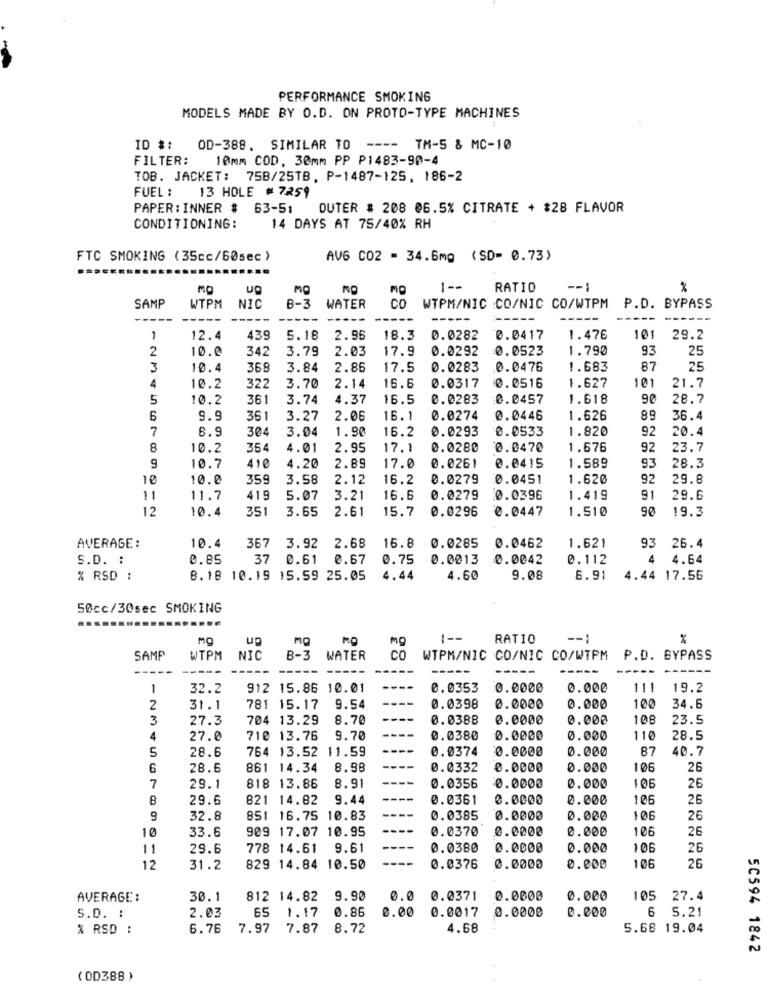
PERFORMANCE SMOKING
MODELS MADE BY O.D. ON PROTO-TYPE MACHINES
ID #: OD-388. SIMILAR TO
----
TM-5 & MC-10
FILTER:
10mm COD, 30mm PP P1483-90-4
TOB. JACKET: 75B/25TB, P-1487-125, 186-2
FUEL :
13 HOLE # 7259
PAPER: INNER # 63-51
OUTER # 208 @6.5% CITRATE + $28 FLAVOR
CONDITIONING:
14 DAYS AT 75/40% RH
FTC SMOKING (35cc/60sec )
AVG C02 - 34.6mg (SD= 0.73)
MO
ug
mg
1 --
RATIO
--:
%
SAMP
WTPM
NIC
B-3
WATER
co
WTPM/NIC CO/NIC CO/WTPM
P.D. BYPASS
----
-----
1
12.4
439
5.18
2.95
18.3
0.0282
0.0417
1.476
101
29.2
2
10.0
342
3.79
2.03
17.9
0.0292
0.0523
1.790
93
25
3
10.4
369
3.84
2.86
17.5
0.0283
0.0476
1.683
87
25
322
3.70
2.14
16.6
0.0516
101
4
10.2
0.0317
1.627
21.7
5
10.2
361
3.74
4.37
16.5
0.0283
0.0457
1.618
90
28.7
6
9.9
36
3.27
2.06
16.1
0.0274
0.0446
1.626
89
36.4
7
6.9
304
3.04
1.90
16.2
0.0293
0.0533
1.820
92
20.4
8
10.2
354
4.01
2.95
17.1
0.0280
0.0470
1.676
92
23.7
0.0415
1.589
9
10.7
410
4.20
2.89
17.0
0.0261
93
28.3
10
10.0
359
3.58
2.12
16.2
0.0279
0.0451
1.620
92
29.8
11
11.7
415
5.07
3.21
16.6
0.0279
0.0396
1.419
91
29.6
12
10.4
35
3.65
2.61
15.7
0.0296
0.0447
1.510
90
19.3
10.4
3.92
2.68
16.8
0.0285
93
AVERAGE :
367
0.0462
1.621
26.4
S.D. :
0.85
37
0.61
0.67
0.75
0.0013
0.0042
0.112
4
4.64
% RSD :
8.18 10.19 15.59 25.05
4.44
4.60
9.08
6.91
4.44 17.56
50cc/30sec SMOKING
MO
MO
1 --
RATIO
SAMP
WTPM
NIC
B-3
WATER
co
WTPM/NIC CO/NIC CO/WTPM P.D. BYPASS
-----
-----
1
32.2
912 15.86 10.01
0.0353
0.0000
0.000
111
19.2
2
31.1
781 15.17
9.54
0.0398
0.0000
0.000
100
34.6
3
27.3
704 13.29
8.70
0.0388
0.0000
0.000
108
23.5
4
27.0
710 13.76
9.70
0.0380
0.0000
0.000
110
28.5
5
28.6
764 13.52
11.59
0.0374
0.0000
0.000
87
40.7
6
28.6
861 14.34
8.98
0.0332
0.0000
0.000
106
26
7
29.1
818 13.86
8.91
0.0356
0.0000
0.000
106
26
8
29.6
821 14.82
9.44
0.0361
0.0000
0.000
106
26
32.8
851 16.75 10.83
0.0385
0.0000
0.000
106
26
10
33.6
909 17.07 10.95
0.0370
0.0000
0.000
106
26
11
29.6
778 14.61 9.61
0.0380
0.0000
0.000
106
26
106
12
31.2
829 14.84 10.50
0.0376
0.0000
0.000
26
AVERAGE:
30.1
812 14.82
9.92
0.0
0.0371
0.0000
0.000
105
27.4
2.03
65
1.17
0.86
0.00
0.0017
0.000
6
5.21
S.D. :
0.0000
% RSD :
6.76
7.97
7.87
8.72
4.68
5.68 19.04
50594 1842
( OD388 )